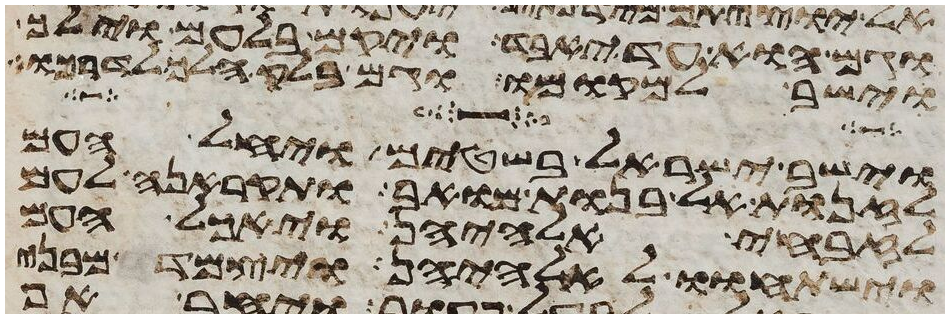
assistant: וגם הוא עד יאבד ויקם בלעם וילך
וישב למקומו וגם בלק הלך לדרכו
וישב ישראל בשטים ויחל העם
לזנות אל בנות מואב ותקראנה לעם
לזבחי אלהיהן ויאכל העם
וישתחוי לאלהיהן ויצמד מבני